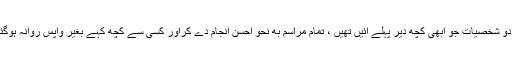
یہ دو شخصیات جو ابھی کچھ دیر پہلے آئیں تھیں ، تمام مراسم به نحوِ احسن انجام دے کراور کسی سے کچھ کہے بغیر واپس روانہ ہوگئیں۔